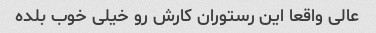
عالی واقعا این رستوران کارش رو‌ خیلی خوب بلده